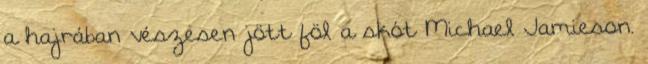
a hajrában vészesen jött föl a skót Michael Jamieson.